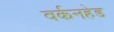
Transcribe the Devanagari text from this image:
वर्कनहेड